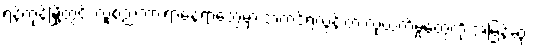
ရန်ကုန်မြို့တွင်း လူစည်ကားရာနေရာတွေမှာ အတင့်ရဲလွန်းတဲ့ လုယက်မှုတွေကို အမြန်ဆုံး